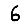
Digit: 6